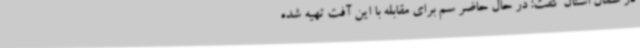
در شمال استان گفت: در حال حاضر سم برای مقابله با این آفت تهیه شده